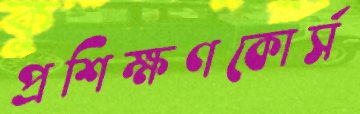
প্রশিক্ষণকোর্স